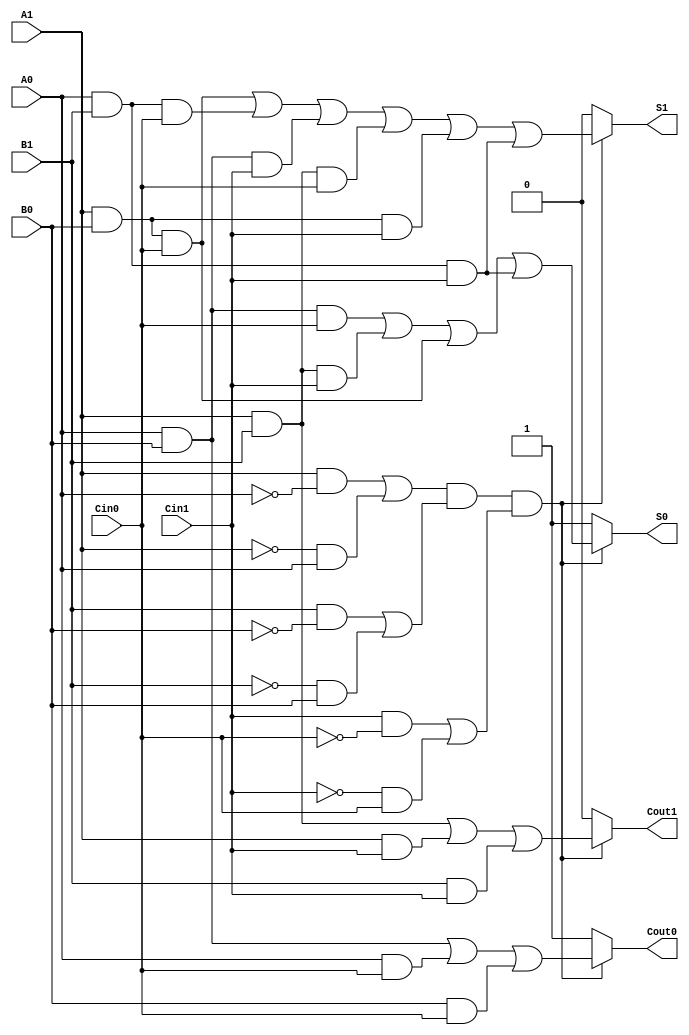
module DualRailFullAdder (
    input wire A1, A0,      // Dual-rail representation of input A
    input wire B1, B0,      // Dual-rail representation of input B
    input wire Cin1, Cin0,  // Dual-rail representation of carry-in
    output reg S1, S0,      // Dual-rail representation of sum output
    output reg Cout1, Cout0  // Dual-rail representation of carry-out output
);

    // Internal signals for validity checks
    wire valid_A = (A1 & ~A0) | (~A1 & A0);
    wire valid_B = (B1 & ~B0) | (~B1 & B0);
    wire valid_Cin = (Cin1 & ~Cin0) | (~Cin1 & Cin0);

    // Sum calculation
    always @(*) begin
        if (valid_A && valid_B && valid_Cin) begin
            // Calculate sum S = A + B + Cin
            S1 = (A1 & B0 & Cin0) | (A0 & B1 & Cin0) | (A0 & B0 & Cin1) | (A1 & B1 & Cin0) | (A1 & B0 & Cin1) | (A0 & B1 & Cin1);
            S0 = (A0 & B0 & Cin0) | (A1 & B1 & Cin1) | (A1 & B0 & Cin0) | (A0 & B1 & Cin1);
        end else begin
            // Invalid state for sum
            S1 = 0;
            S0 = 1; // Indicating invalid state
        end
    end

    // Carry calculation
    always @(*) begin
        if (valid_A && valid_B && valid_Cin) begin
            // Calculate carry-out Cout = majority(A, B, Cin)
            Cout1 = (A1 & B1) | (A1 & Cin1) | (B1 & Cin1);
            Cout0 = (A0 & B0) | (A0 & Cin0) | (B0 & Cin0);
        end else begin
            // Invalid state for carry-out
            Cout1 = 0;
            Cout0 = 1; // Indicating invalid state
        end
    end

endmodule